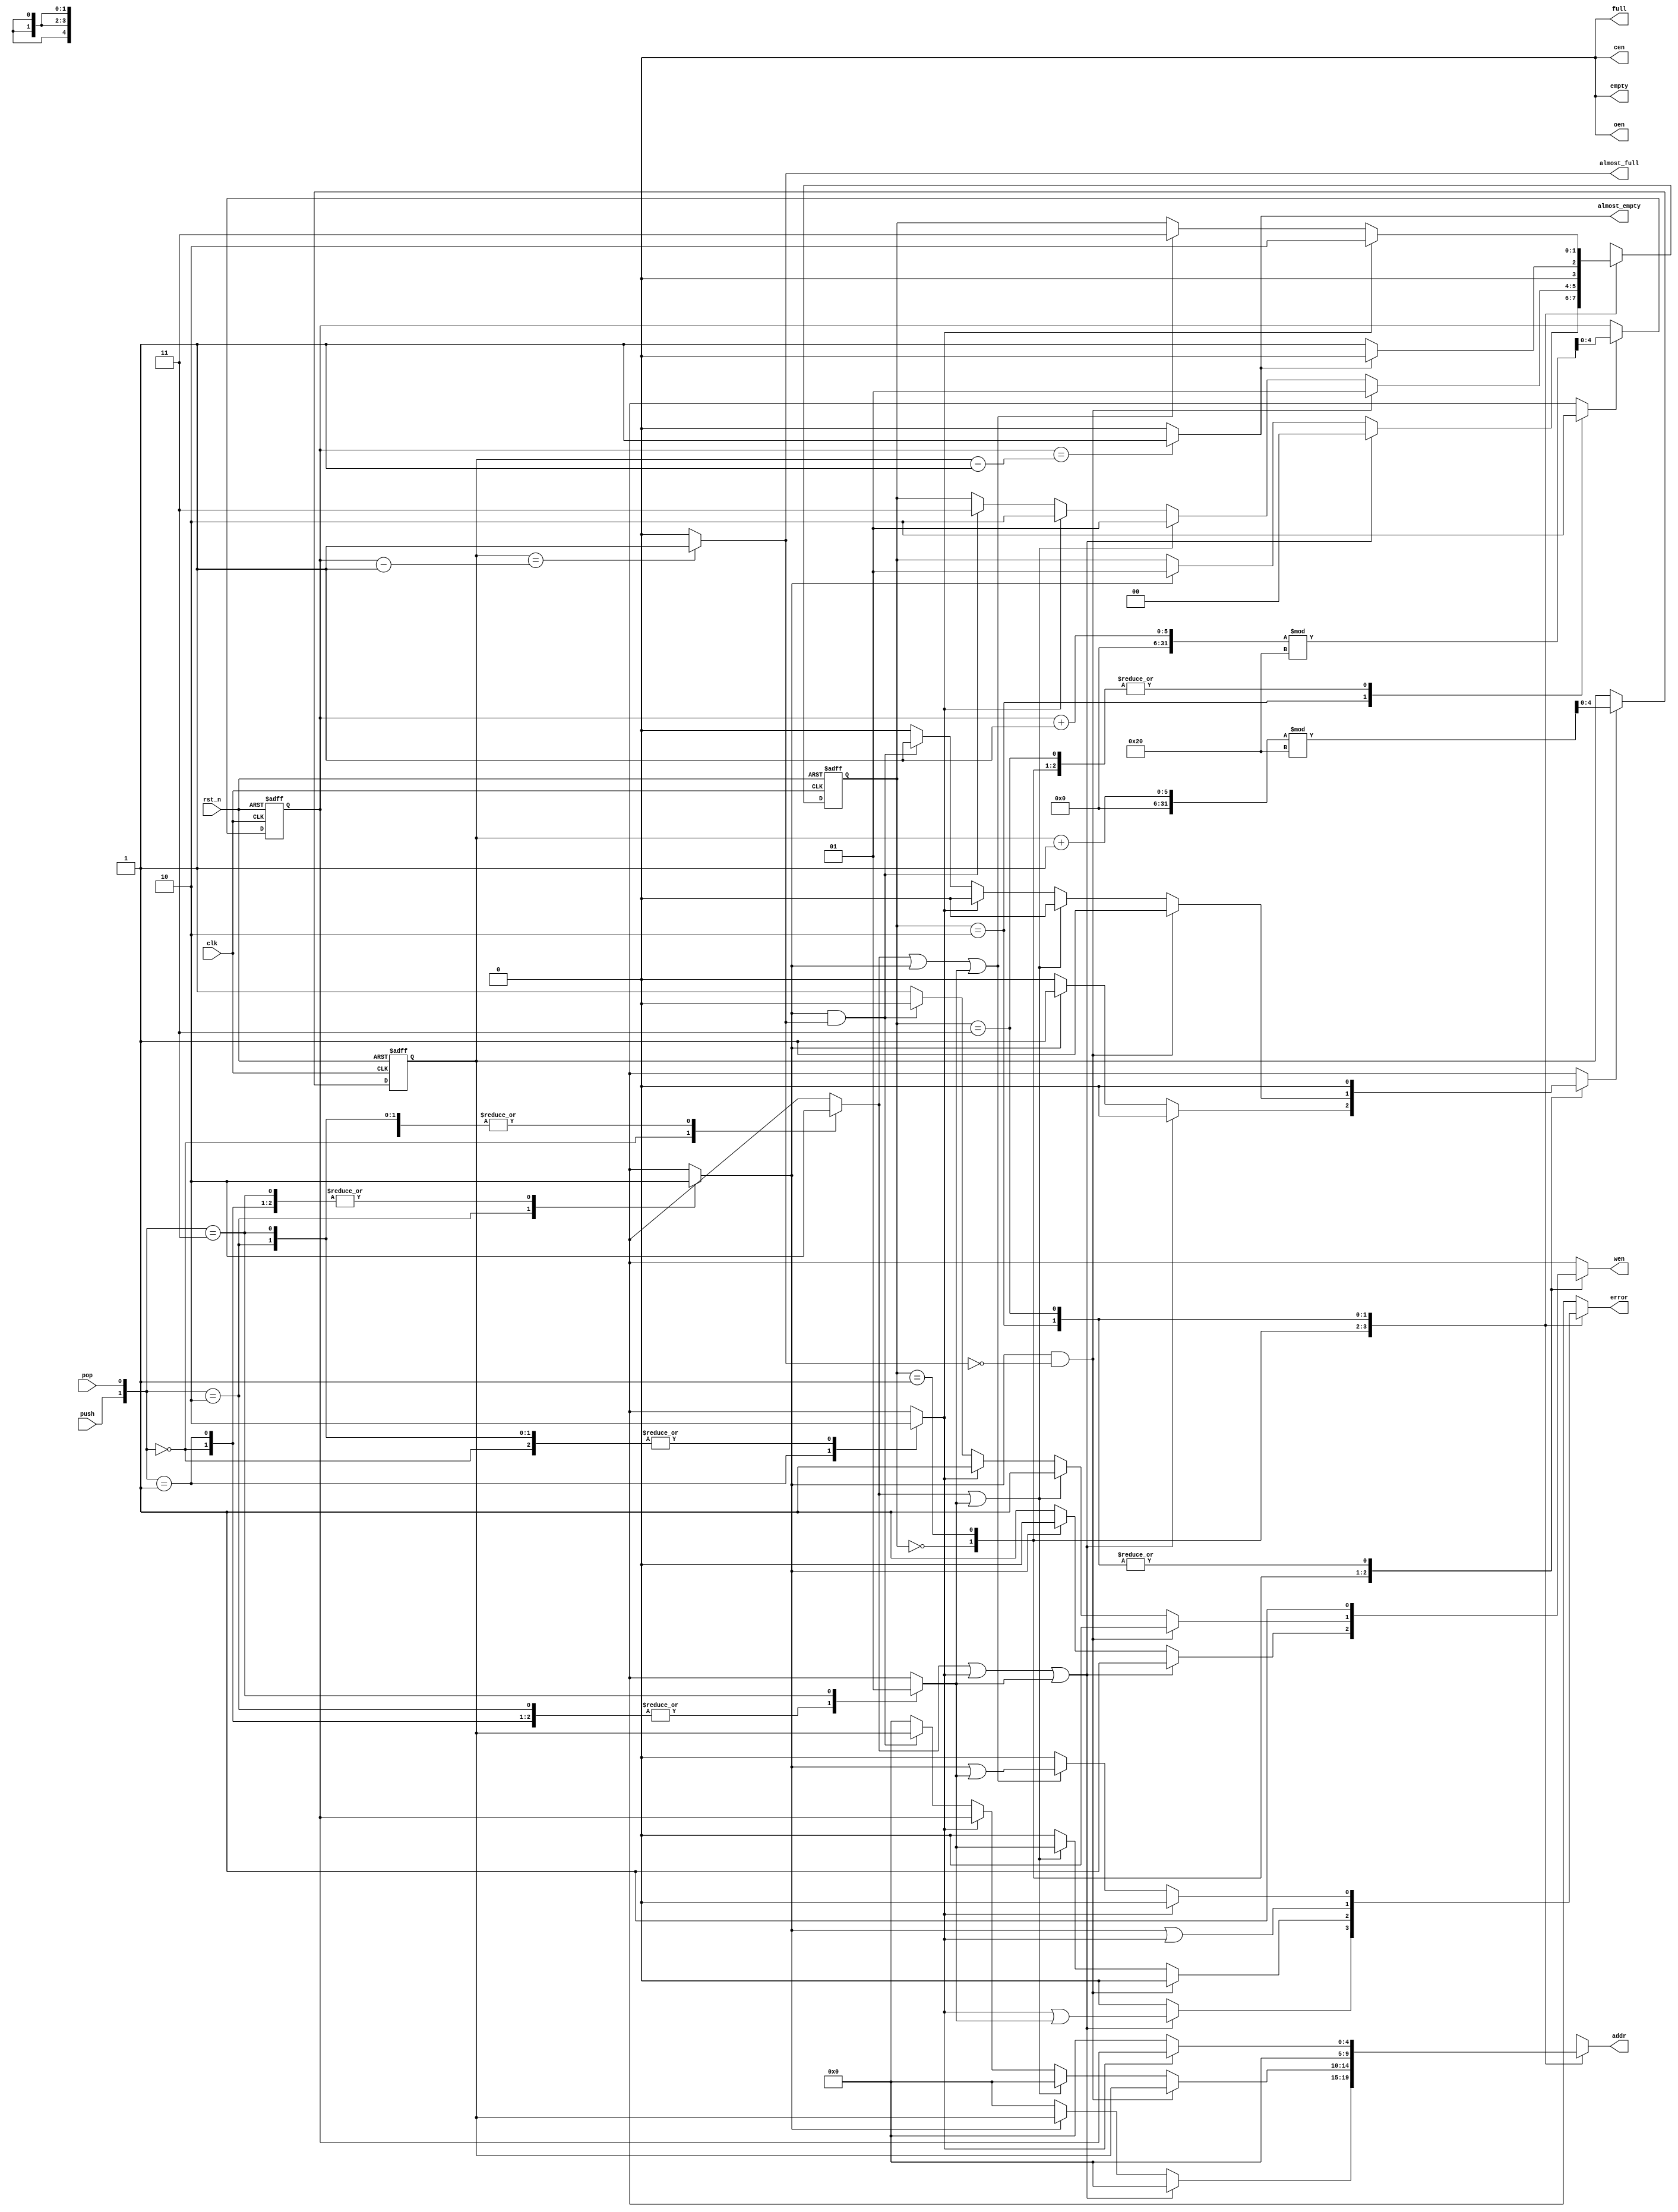
//////////////////////////////////////////////////////////////////////////
// Department of Computer Science
// National Tsing Hua University
// Project   : FIFO for CS4125 Digital System Design
// Module    : fifo_ctl.v
// Revision  : 4
// Abstract  :
//     FIFO controller is mainly the finite state machine and its
//     control signals to manage the RAM module.
// Note      :
//     1.  The purpose of this version is to provide a design style. It is
//         not a complete module. Please fix any *unexpected feature* by
//         yourself if any.
//     2.  Feel free to rewrite this file header to your own.
//

module fifo_ctr (

				// inputs
				input wire clk,
				input wire rst_n,
				input wire push,
				input wire pop,

				// outputs
				output reg empty,
				output reg almost_empty,
				output reg full,
				output reg almost_full,
				output reg error,
				output reg cen,
				output reg wen,
				output reg oen,
				output reg [4:0] addr
				);

parameter numOfRam = 32;
// small delay of flip-flop outputs
parameter delay = 1.5;

// state encoding
parameter EMPTY   = 2'b00;
parameter BETWEEN = 2'b01;
parameter READOUT = 2'b10;
parameter FULL    = 2'b11;

// state vector
reg    [1:0] state;
reg    [1:0] state_next;

// pointers
reg    [4:0] head;
reg    [4:0] head_next;
reg    [4:0] tail;
reg    [4:0] tail_next;

reg    head_plus;
reg    tail_plus;
reg    addr_head;
reg    addr_tail;

reg		do_idle;
reg		do_pop;
reg		do_push;
reg		do_push_pop;

// sequential part
always @(posedge clk or negedge rst_n) begin
if (rst_n == 0) begin
state <= EMPTY;
head  <= 5'b0;
tail  <= 5'b0;
end else begin
state <= #(delay) state_next;
head  <= #(delay) head_next;
tail  <= #(delay) tail_next;
end
end


// combinational parts

// Lab Note:
// Complete your design here

always @(*) begin
		do_idle = 1'b0;
		do_pop  = 1'b0;
		do_push = 1'b0;
		do_push_pop = 1'b0;
		case ({push,pop})
				2'b00: begin do_idle = 1'b1; end
				2'b01: begin do_pop = 1'b1; end
				2'b10: begin do_push = 1'b1; end
				2'b11: begin do_push_pop = 1'b1; end
		endcase
end

always @(*) begin
		if (head_plus) begin
		head_next = (head + 1'b1)%numOfRam;
		end else begin
		head_next = head;
		end
		if (tail_plus) begin
		tail_next = (tail + 1'b1)%numOfRam;
		end else begin
		tail_next = tail;
		end
end


		always @(*) begin
		if (tail == head - 1'b1) begin
		almost_empty  = 1'b1;
		end else begin
		almost_empty  = 1'b0;
		end
		if (head == tail - 1'b1) begin
		almost_full   = 1'b1;
		end else begin
		almost_full   = 1'b0;
		end
		oen               = 1'b0;
		end


		// FSM
		always @(*) begin
		empty         = 1'b0;
		full          = 1'b0;
		error         = 1'b0;
		cen           = 1'b0;
		wen           = 1'b1;
		addr          = 5'b0;
		head_plus     = 1'b0;
		tail_plus     = 1'b0;
		addr_head     = 1'b0;
		addr_tail     = 1'b0;
				state_next    = state;
				case (state)
				EMPTY:    begin
				if (do_idle || do_pop || do_push_pop) begin
				error         = (do_pop | do_push_pop);
				state_next    = EMPTY;
				end else if (do_push) begin
				addr          = head;
				head_plus     = 1'b1;
				wen           = 1'b0;
				state_next    = BETWEEN;
				end
				end
				BETWEEN:  begin
				if (do_push && !almost_full) begin
				addr          = head;
				head_plus     = 1'b1;
				wen           = 1'b0;
				state_next    = BETWEEN;
				end else if (do_idle || do_push_pop) begin
				error         = do_push_pop;
				state_next    = BETWEEN;
				end else if (do_pop) begin
				addr          = tail;
				state_next    = READOUT;
				end else if (do_push && almost_full) begin
				addr          = head;
				head_plus     = 1'b1;
				wen           = 1'b0;
				state_next    = FULL;
				end
				end
				READOUT:  begin
				// Wait for ram 1 cycle
				if (!almost_empty) begin
				tail_plus     = 1'b1;
				error         = (do_push | do_pop);
				state_next    = BETWEEN;
				end else begin
				tail_plus     = 1'b1;
				error         = (do_push | do_pop);
				state_next    = EMPTY;
				end
				end
				FULL:     begin
				if (do_pop) begin
				addr          = tail;
				state_next    = READOUT;
				end else if (do_idle || do_push || do_push_pop) begin
				error         = (do_push | do_push_pop);
				state_next    = FULL;
				end

				end
				endcase
		end
		endmodule